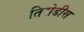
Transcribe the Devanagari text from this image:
तिरोडीस